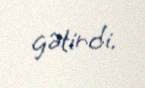
gətirdi.